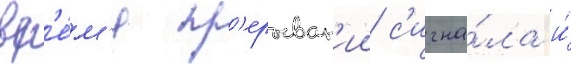
вр'е́м'я пр'ерыван'ии с'игна́ла и́